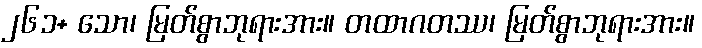
၂၆၁+ သော၊ မြတ်စွာဘုရားအား။ တထာဂတဿ၊ မြတ်စွာဘုရားအား။